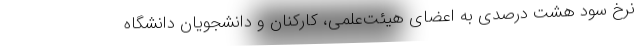
نرخ سود هشت درصدی به اعضای هیئت‌علمی، کارکنان و دانشجویان دانشگاه